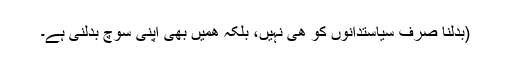
(بدلنا صِرف سیاستدانوں کو ھی نہیں، بلکہ ھمیں بھی اپنی سوچ بدلنی ہے۔